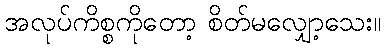
အလုပ်ကိစ္စကိုတော့ စိတ်မလျှော့သေး။